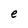
Character: e